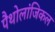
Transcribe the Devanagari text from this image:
पैथोलांजिकल